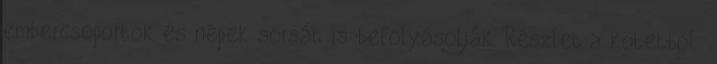
embercsoportok és népek sorsát is befolyásolják. Részlet a kötetből: